Newspaper: The Vancouver independent.
Place of publication: Vancouver, W.T. [Wash.]
Publisher: Independent Pub. Co.
Date: 1880-09-09 00:00:00
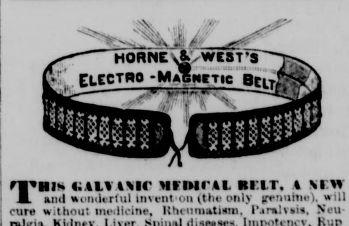
Advertisement text (OCR):
THh Hrwru. but. % \ih ami wonderful invent on (the only irrnuiiie), will cur# without medicine, Rheumatiani. Paralvaia, Neu
Label: illustrations